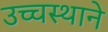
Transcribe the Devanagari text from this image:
उच्चस्थाने